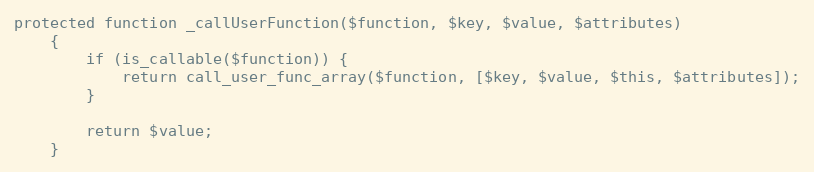
Language: PHP
protected function _callUserFunction($function, $key, $value, $attributes)
    {
        if (is_callable($function)) {
            return call_user_func_array($function, [$key, $value, $this, $attributes]);
        }

        return $value;
    }